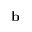
\mathbf { b }